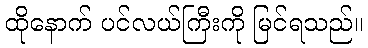
ထိုနောက် ပင်လယ်ကြီးကို မြင်ရသည်။